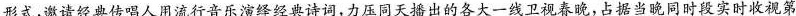
形式，邀请经典传唱人用流行音乐演绎经典诗词，力压同天播出的各大一线卫视春晚，占据当晚同时段实时收视第